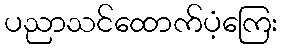
ပညာသင်ထောက်ပံ့ကြေး